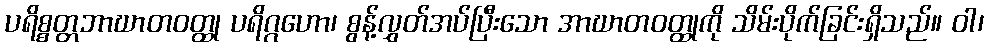
ပရိစ္စတ္တဘာဃာတဝတ္ထု ပရိဂ္ဂဟော၊ စွန့်လွှတ်အပ်ပြီးသော အာဃာတဝတ္ထုကို သိမ်းပိုက်ခြင်းရှိသည်။ ဝါ၊